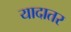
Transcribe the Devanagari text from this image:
यादातर